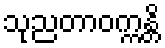
သုညတာဝက္ကန္တိ